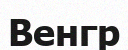
Венгр